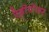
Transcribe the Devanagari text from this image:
ऐडीपोसर